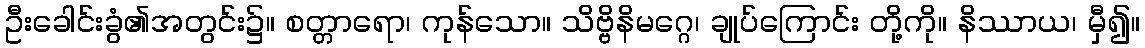
ဦးခေါင်းခွံ၏အတွင်း၌။ စတ္တာရော၊ ကုန်သော။ သိဗ္ဗိနိမဂ္ဂေ၊ ချုပ်ကြောင်း တို့ကို။ နိဿာယ၊ မှီ၍။